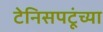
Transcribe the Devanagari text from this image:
टेनिसपटूंच्या